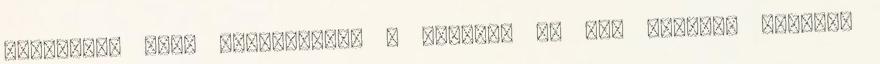
Egyszerre csak belemarkolt a hajamba és úgy magához húzott,